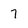
Character: 7